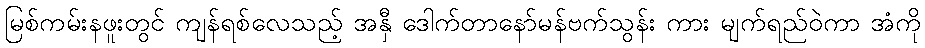
မြစ်ကမ်းနဖူးတွင် ကျန်ရစ်လေသည့် အနှီ ဒေါက်တာနော်မန်ဗက်သွန်း ကား မျက်ရည်ဝဲကာ အံကို